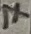
Text: 7